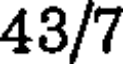
43/7